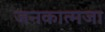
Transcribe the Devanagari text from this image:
जनकात्मजा